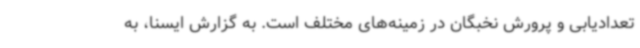
تعدادیابی و پرورش نخبگان در زمینه‌های مختلف است. به گزارش ایسنا، به